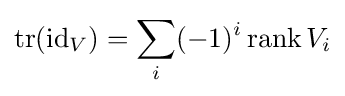
\mathrm {tr} (\operatorname {id} _{V})=\sum _{i}(-1)^{i}\operatorname {rank} V_{i}